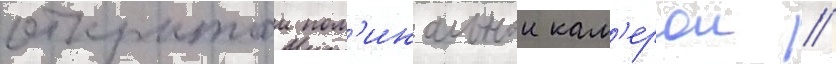
открытои пом'инальнои кам'ерои //